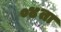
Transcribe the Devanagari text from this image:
०४ता